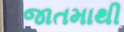
જાતમાથી